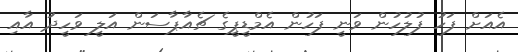
އެއަށް ފަހު ފުލުހުން ވަނީ ފަހުން އެމްޑީޕީގެ ޗެއާޕާސަން އަލީ ވަހީދު އާއި